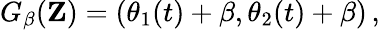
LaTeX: G_{\beta}(\mathbf{Z})=(\theta_{1}(t)+\beta,\theta_{2}(t)+\beta)\, ,